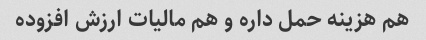
هم هزینه حمل داره و هم مالیات ارزش افزوده